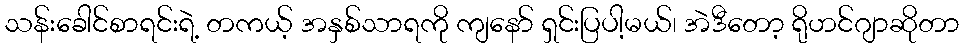
သန်းခေါင်စာရင်းရဲ့ တကယ့် အနှစ်သာရကို ကျနော် ရှင်းပြပါ့မယ်၊ အဲဒီတော့ ရိုဟင်ဂျာဆိုတာ